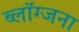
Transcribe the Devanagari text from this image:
ब्लॉग्जना